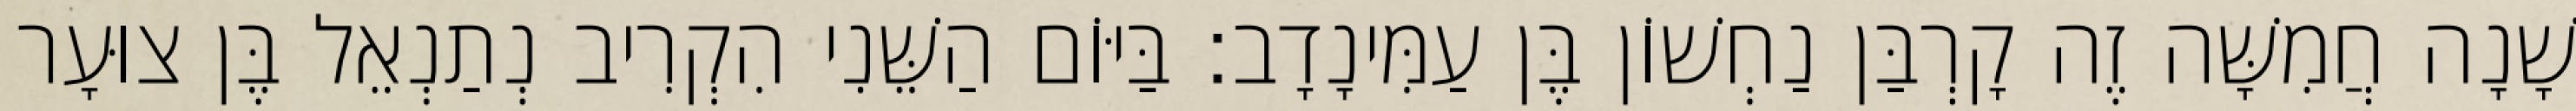
שָׁנָה חֲמִשָּׁה זֶה קָרְבַּן נַחְשׁוֹן בֶּן עַמִּינָדָב׃ בַּיּוֹם הַשֵּׁנִי הִקְרִיב נְתַנְאֵל בֶּן צוּעָר